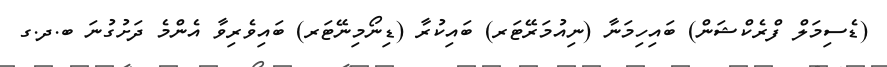
(ޑެސިމަލް ފްރެކްޝަން) ބައިހިމަނާ (ނިއުމަރޭޓަރ) ބައިކުރާ (ޑިނޯމިނޭޓަރ) ބައިވެރިވާ އެންމެ ދަށުގުނަ ބ.ދ.ގ